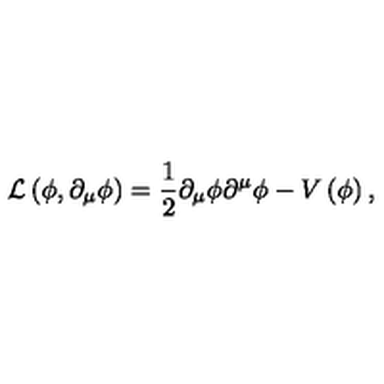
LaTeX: { \cal L } \left( \phi , \partial _ { \mu } \phi \right) = \frac { 1 } { 2 } \partial _ { \mu } \phi \partial ^ { \mu } \phi - V \left( \phi \right) ,